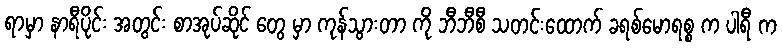
ရာမှာ နာရီပိုင်း အတွင်း စာအုပ်ဆိုင် တွေ မှာ ကုန်သွားတာ ကို ဘီဘီစီ သတင်းထောက် ခရစ်မောရစ္စ က ပါရီ က